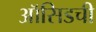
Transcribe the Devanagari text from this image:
ऑसिडची